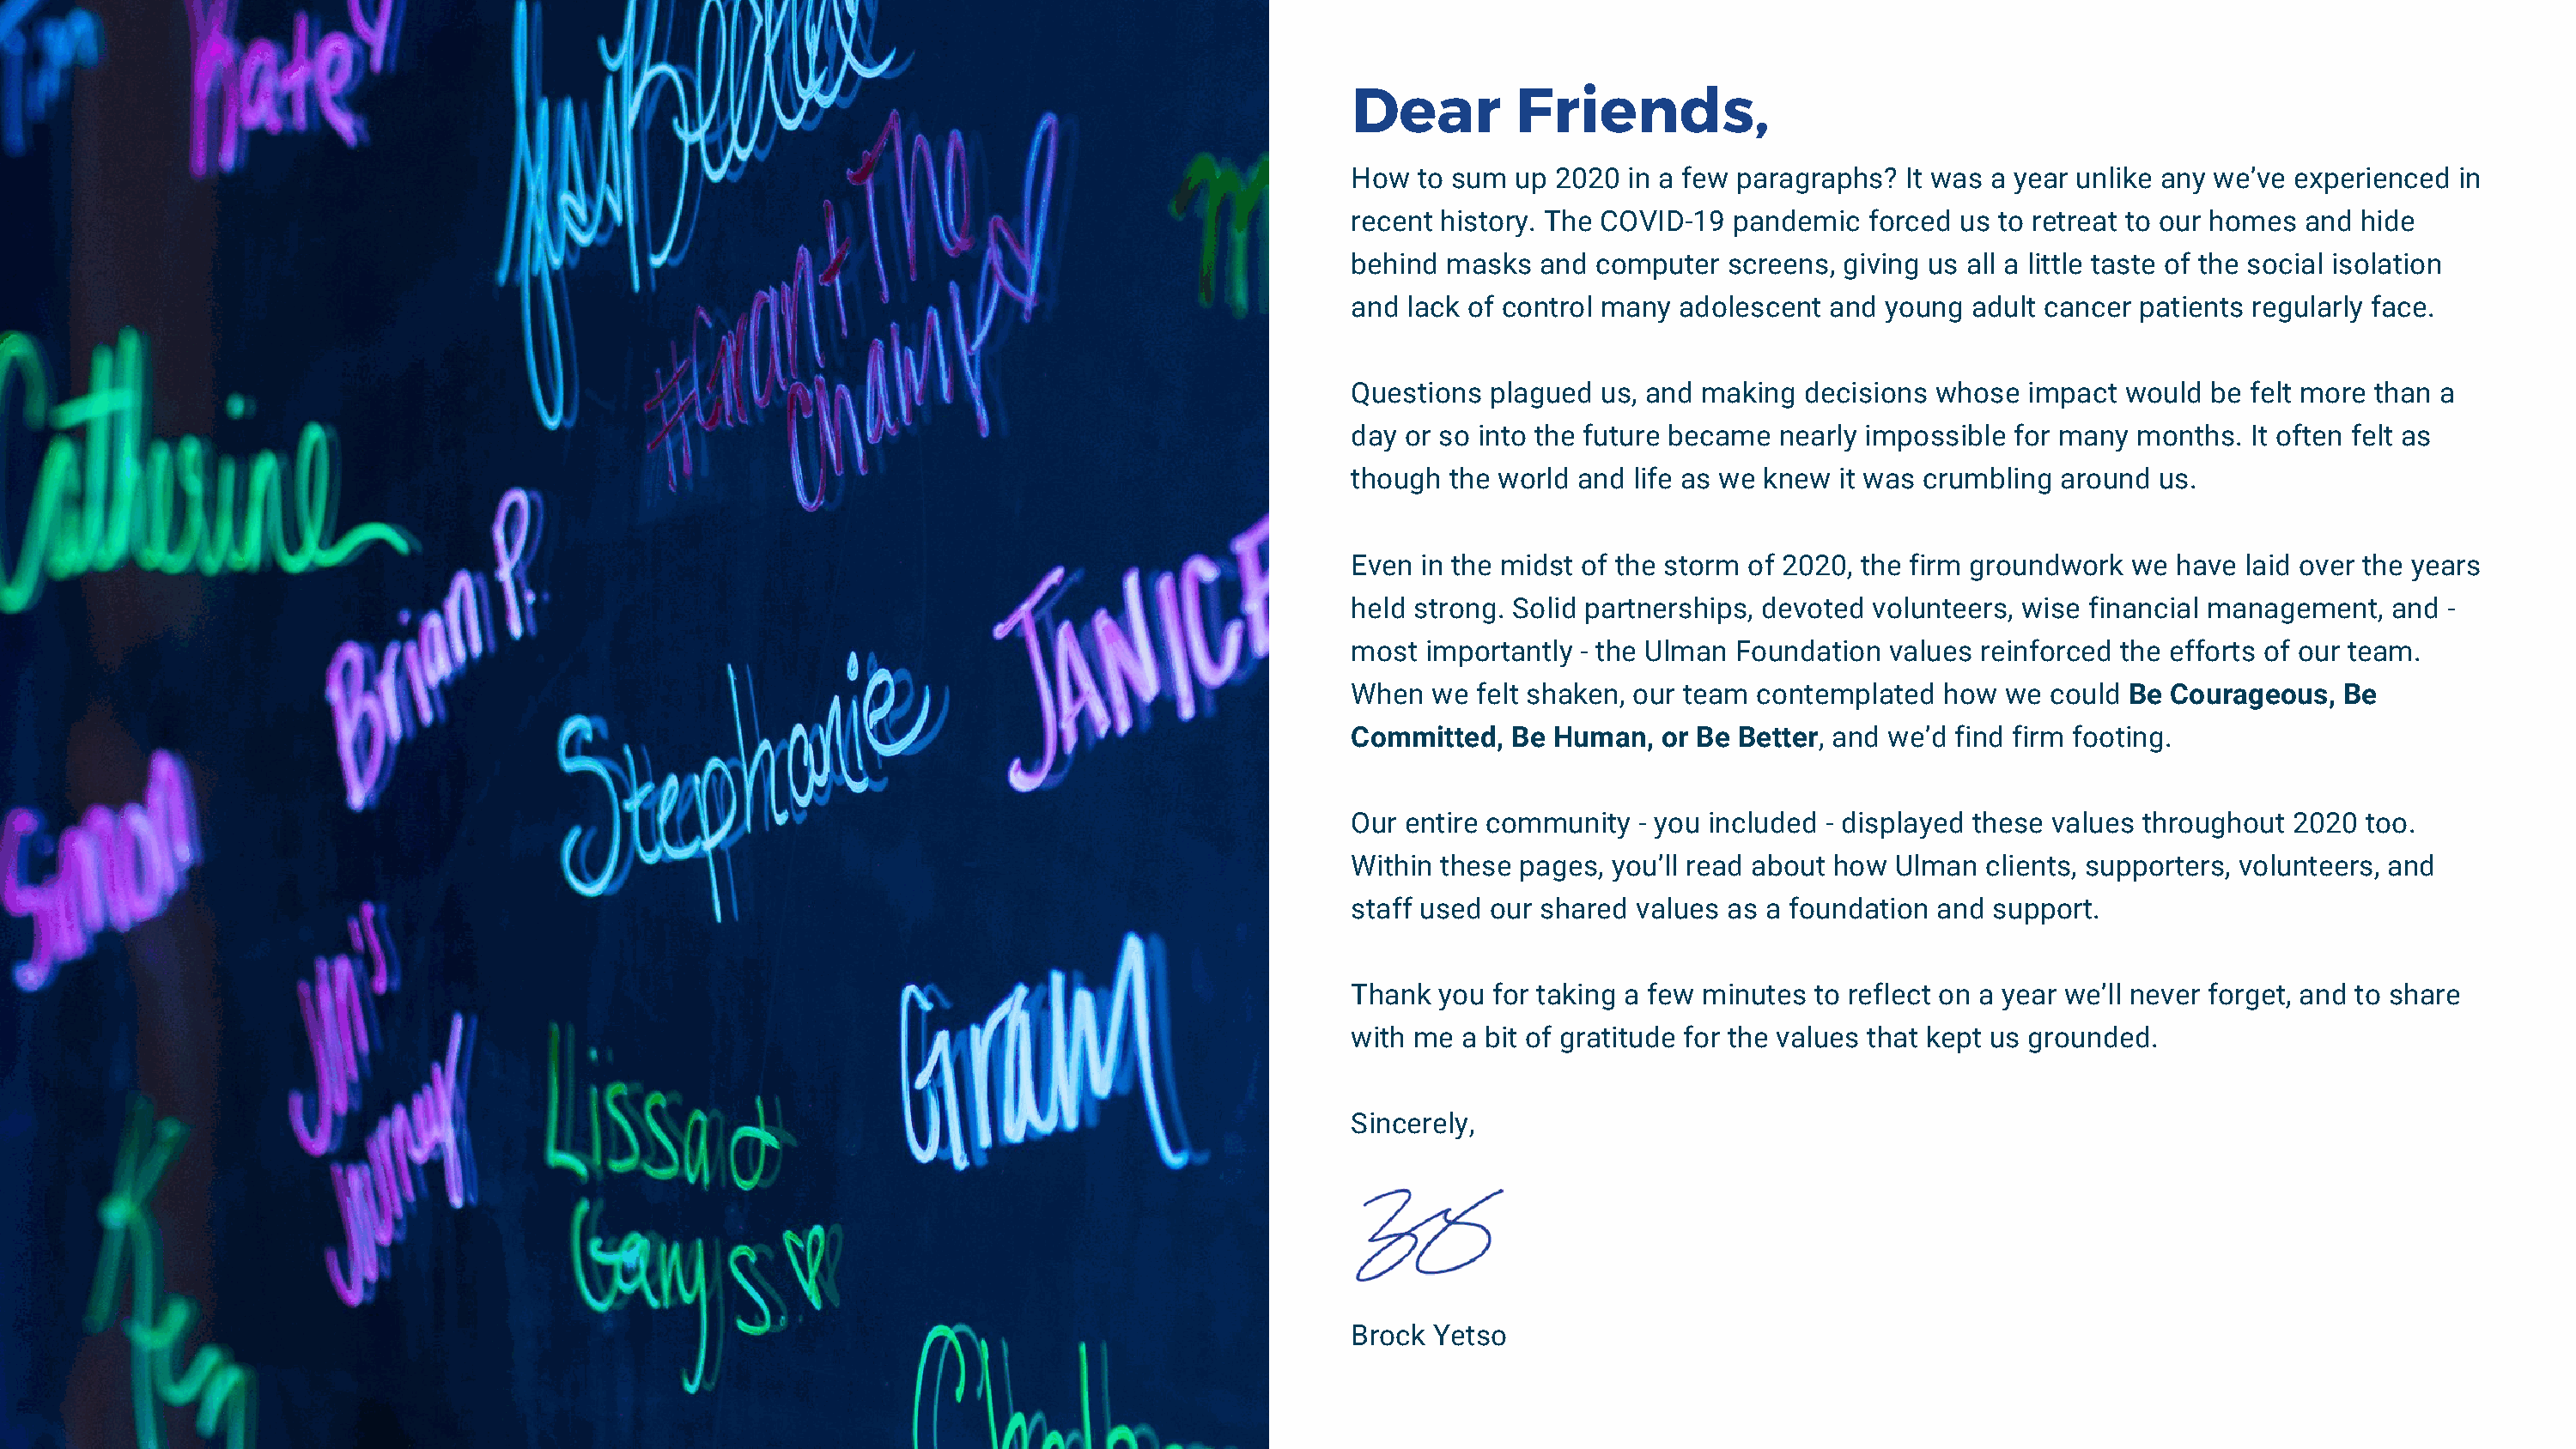
Dear         Friends,
 How  to sum  up 2020 in a few paragraphs?  It was a year unlike any we’ve experienced in
 recent history. The COVID-19  pandemic  forced us to retreat to our homes and hide
 behind masks   and computer  screens, giving us all a little taste of the social isolation
 and lack of control many adolescent  and young  adult cancer patients regularly face.
 Questions  plagued us, and making  decisions whose  impact  would be felt more than a
 day or so into the future became nearly impossible for many  months.  It often felt as
 though  the world and life as we knew it was crumbling around us.
 Even  in the midst of the storm of 2020, the firm groundwork we have laid over the years
 held strong. Solid partnerships, devoted volunteers, wise financial management, and  -
 most  importantly - the Ulman Foundation  values reinforced the efforts of our team.
 When  we  felt shaken, our team contemplated  how  we could Be Courageous,   Be
 Committed,   Be Human,  or Be Better, and we’d find firm footing.
 Our entire community  - you included - displayed these values throughout 2020 too.
 Within these pages, you’ll read about how Ulman  clients, supporters, volunteers, and
 staff used our shared values as a foundation and  support.
 Thank  you for taking a few minutes to reflect on a year we’ll never forget, and to share
 with me  a bit of gratitude for the values that kept us grounded.
 Sincerely,
 Brock  Yetso